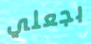
بجعلي